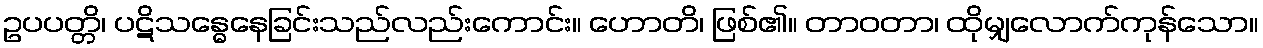
ဥပပတ္တိ၊ ပဋိသန္ဓေနေခြင်းသည်လည်းကောင်း။ ဟောတိ၊ ဖြစ်၏။ တာဝတာ၊ ထိုမျှလောက်ကုန်သော။